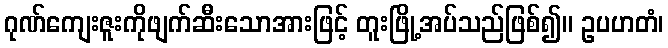
ဂုဏ်ကျေးဇူးကိုဖျက်ဆီးသောအားဖြင့် တူးဖြို့အပ်သည်ဖြစ်၍။ ဥပဟတံ၊